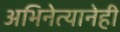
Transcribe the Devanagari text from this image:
अभिनेत्यानेही